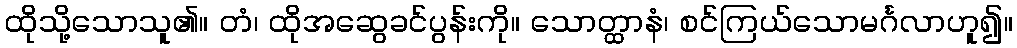
ထိုသို့သောသူ၏။ တံ၊ ထိုအဆွေခင်ပွန်းကို။ သောတ္ထာနံ၊ စင်ကြယ်သောမင်္ဂလာဟူ၍။